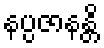
နပ္ပဇာနန္တိ